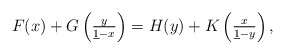
\begin{align*}F(x)+ G\left(\tfrac{y}{\underline{1}-x}\right)=H(y)+K\left(\tfrac{x}{\underline{1}-y}\right),\end{align*}